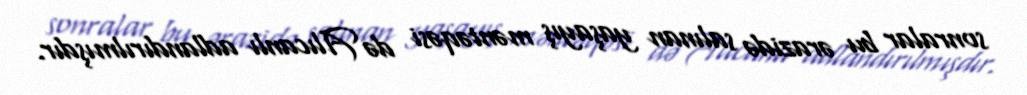
sonralar bu ərazidə salınan yaşayış məntəqəsi də Alıcanlı adlandırılmışdır.